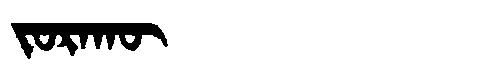
Manchu: ᠵᠣᡵᠠᡴᡡ
Romanization: JORAKŪ